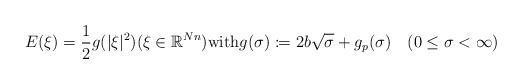
\begin{align*}E(\xi)=\frac{1}{2}g(\lvert \xi\rvert^{2})(\xi\in{\mathbb R}^{Nn})\textrm{with}g(\sigma)\coloneqq 2b\sqrt{\sigma}+g_{p}(\sigma)\quad(0\le \sigma<\infty)\end{align*}